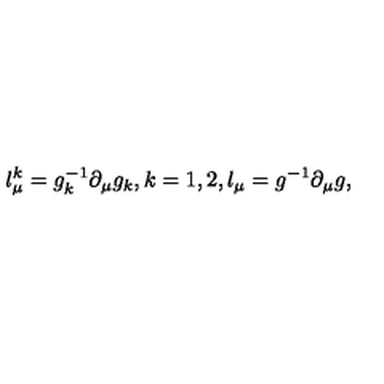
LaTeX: l _ { \mu } ^ { k } = g _ { k } ^ { - 1 } \partial _ { \mu } g _ { k } , k = 1 , 2 , l _ { \mu } = g ^ { - 1 } \partial _ { \mu } g ,